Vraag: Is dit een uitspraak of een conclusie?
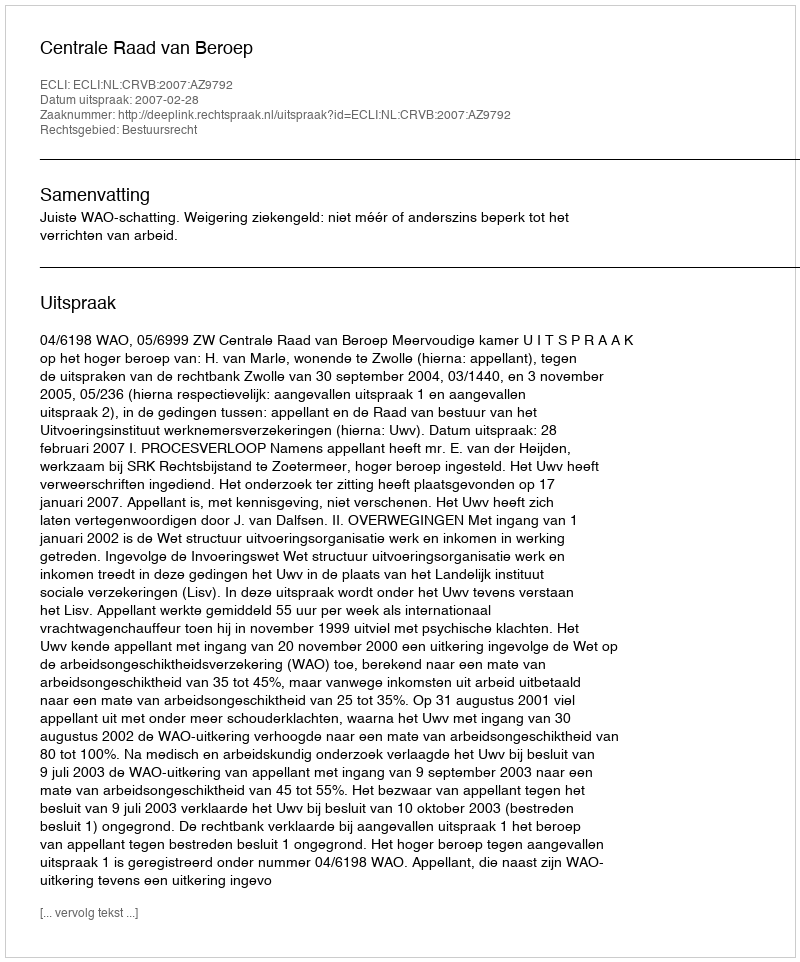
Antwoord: Uitspraak